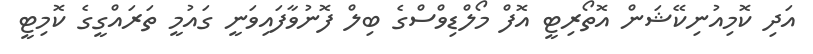
އަދި ކޮމިއުނިކޭޝަން އޮތޯރިޓީ އޮފް މޯލްޑިވްސްގެ ބިލް ފޮނުވާފައިވަނީ ގައުމީ ތަރައްގީގެ ކޮމިޓީ